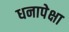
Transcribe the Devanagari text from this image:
धनापेक्षा